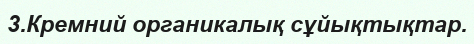
3.Кремний органикалық сұйықтықтар.